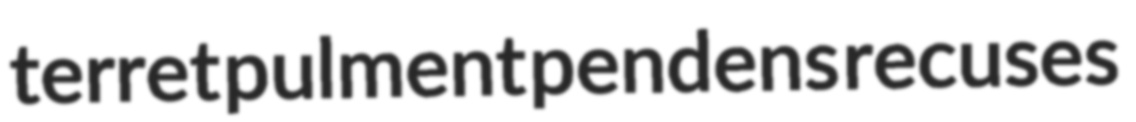
terret pulment pendens recuses